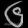
Digit: ၆